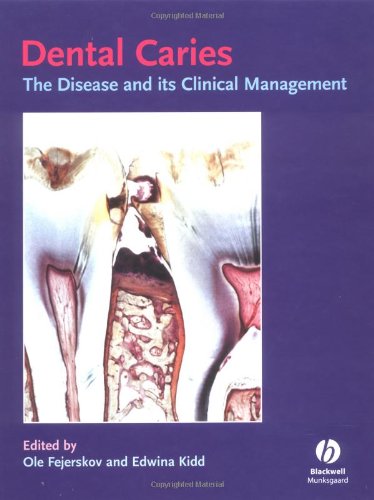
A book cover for Dental Caries: The Disease and Its Clinical Management; Medical Books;